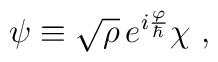
\psi \equiv \sqrt{\rho }\,e^{i\frac \varphi \hbar }\chi \ ,